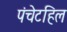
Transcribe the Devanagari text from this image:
पंचेटहिल